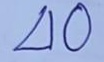
40